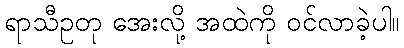
ရာသီဥတု အေးလို့ အထဲကို ဝင်လာခဲ့ပါ။